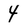
Character: 4